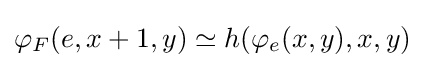
\varphi _{F}(e,x+1,y)\simeq h(\varphi _{e}(x,y),x,y)